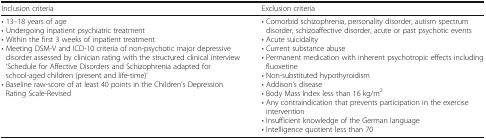
| Inclusion criteria | Exclusion criteria |
 | --- | --- |
 | • 13–18 years of age• Undergoing inpatient psychiatric treatment• Within the first 3 weeks of inpatient treatment• Meeting DSM-V and ICD-10 criteria of non-psychotic major depressive disorder assessed by clinician rating with the structured clinical interview ‘Schedule for Affective Disorders and Schizophrenia adapted for school-aged children (present and life-time)’• Baseline raw-score of at least 40 points in the Children’s Depression Rating Scale-Revised | • Comorbid schizophrenia, personality disorder, autism spectrum disorder, schizoaffective disorder, acute or past psychotic events• Acute suicidality• Current substance abuse• Permanent medication with inherent psychotropic effects including fluoxetine• Non-substituted hypothyroidism• Addison’s disease• Body Mass Index less than 16 kg/m2• Any contraindication that prevents participation in the exercise intervention• Insufficient knowledge of the German language• Intelligence quotient less than 70 |